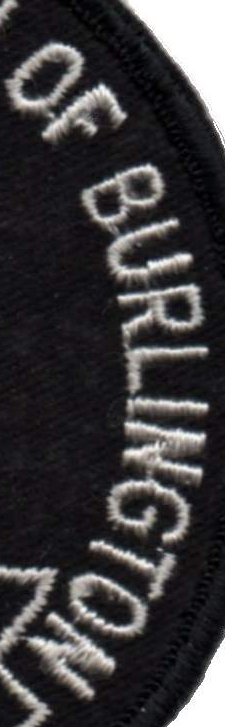
OF BURLINGTON